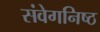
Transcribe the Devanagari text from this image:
संवेगनिष्ठ